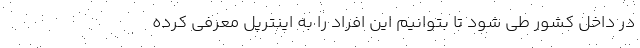
در داخل کشور طی شود تا بتوانیم این افراد را به اینترپل معرفی کرده